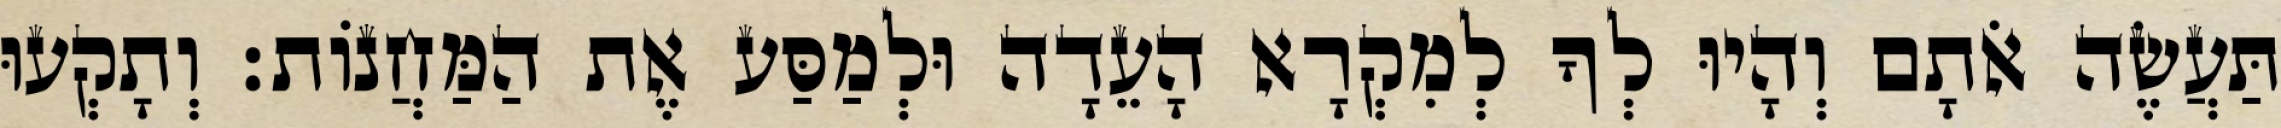
תַּעֲשֶׂה אֹתָם וְהָיוּ לְךָ לְמִקְרָא הָעֵדָה וּלְמַסַּע אֶת הַמַּחֲנוֹת׃ וְתָקְעוּ